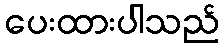
ပေးထားပါသည်